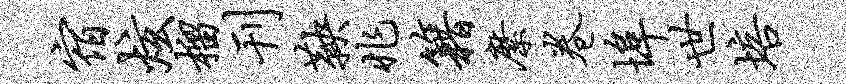
宿炫榴刊鞅兆籍縻卷埠世培